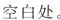
空白处。